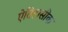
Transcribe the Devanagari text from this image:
एेतिहासीक